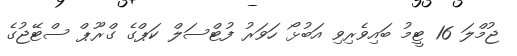
ޖުމްލަ 16 ޓީމު ބައިވެރިވި އަބުޅޯ ހަވަރު ފުޓްސަލް ކަޕްގެ ގްރޫޕް ސްޓޭޖުގެ